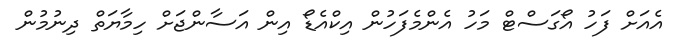
އެއަށް ފަހު އޯގަސްޓް މަހު އެންމެފަހުން އިކްއެޑޯ އިން އަސާންޖަށް ހިމާޔަތް ދިނުމުން